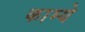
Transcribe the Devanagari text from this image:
काम्ये